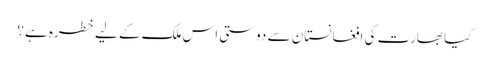
کیا بھارت کی افغانستان سے دوستی اس ملک کے لیے خطرہ ہے؟